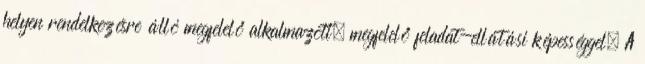
helyen rendelkezésre álló megfelelő alkalmazott, megfelelő feladat-ellátási képességgel. A